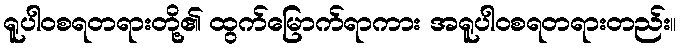
ရူပါဝစရတရားတို့၏ ထွက်မြောက်ရာကား အရူပါဝစရတရားတည်း။